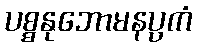
ပစ္စနုဘောမနပ္ပကံ